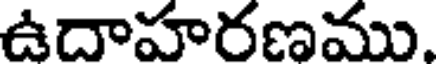
ఉదాహరణము.